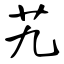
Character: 艽